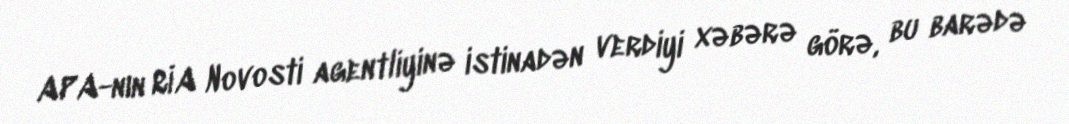
APA-nın RİA Novosti agentliyinə istinadən verdiyi xəbərə görə, bu barədə